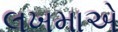
લખમાએ